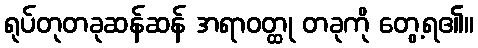
ရုပ်တုတခုဆန်ဆန် အရာဝတ္ထု တခုကို တွေ့ရ၏။